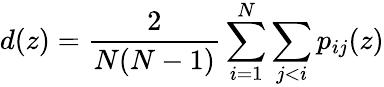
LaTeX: d(z)=\frac{2}{N(N-1)}\sum_{i=1}^{N}\sum_{j<i}p_{ij}(z)